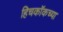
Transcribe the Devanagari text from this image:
हिचकॉकच्या